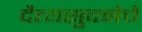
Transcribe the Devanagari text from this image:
दैत्यसुदनेचे